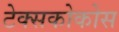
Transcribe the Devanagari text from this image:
टेक्सकोकोस